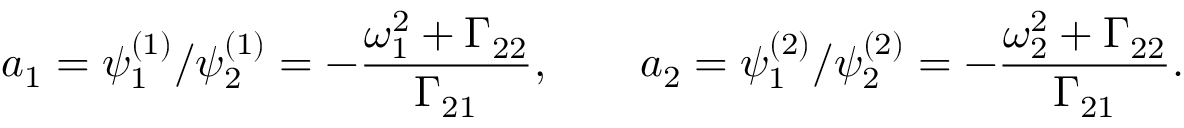
a _ { 1 } = \psi _ { 1 } ^ { ( 1 ) } / \psi _ { 2 } ^ { ( 1 ) } = - \frac { \omega _ { 1 } ^ { 2 } + \Gamma _ { 2 2 } } { \Gamma _ { 2 1 } } , \qquad a _ { 2 } = \psi _ { 1 } ^ { ( 2 ) } / \psi _ { 2 } ^ { ( 2 ) } = - \frac { \omega _ { 2 } ^ { 2 } + \Gamma _ { 2 2 } } { \Gamma _ { 2 1 } } .